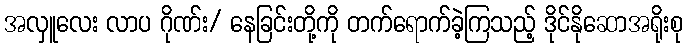
အလှူလေး လာပ ဂိုဏ်း/ နေခြင်းတို့ကို တက်ရောက်ခဲ့ကြသည့် ဒိုင်နိုဆောအရိုးစု